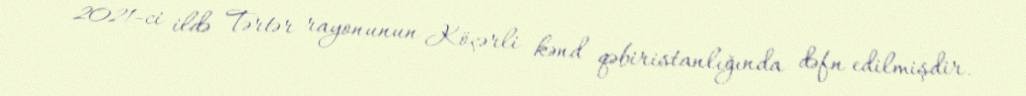
2021-ci ildə Tərtər rayonunun Köçərli kənd qəbiristanlığında dəfn edilmişdir.